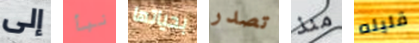
إلى نبأ بحياتها تصدر منذ قليله